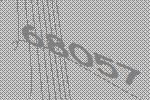
68057